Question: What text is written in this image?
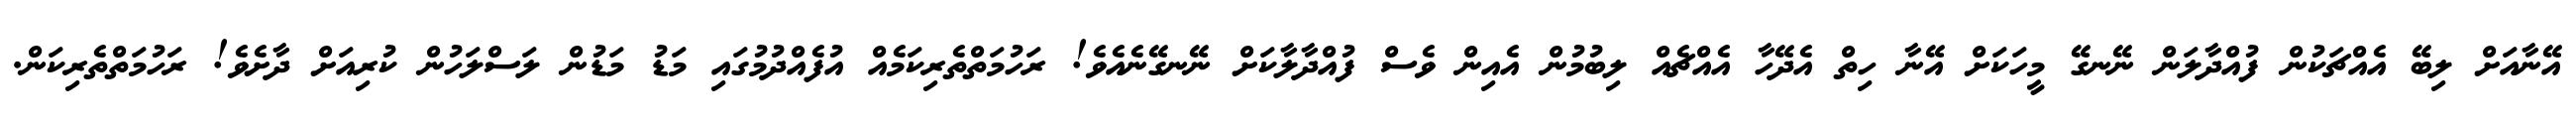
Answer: އޭނާއަށް ލިބޭ އެއްޗަކުން ފުއްދާލަން ނޭނގޭ މީހަކަށް އޭނާ ހިތް އެދޭހާ އެއްޗެއް ލިބުމުން އެއިން ވެސް ފުއްދާލާކަށް ނޭނގޭނެއެވެ! ރަހުމަތްތެރިކަމެއް އުފެއްދުމުގައި މަޑު މަޑުން ލަސްލަހުން ކުރިއަށް ދާށެވެ! ރަހުމަތްތެރިކަން.